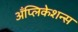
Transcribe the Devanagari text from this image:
अँप्लिकेशन्स